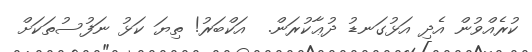
ކުރެއްވުން އެދި އަޅުގަނޑު ދުޢާކުރަން.  އަކްބަރު! ތިޔަ ކަޅު ނަފުސުތަކަށް